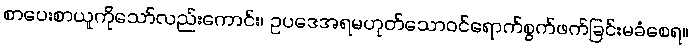
စာပေးစာယူကိုသော်လည်းကောင်း၊ ဥပဒေအရမဟုတ်သောဝင်ရောက်စွက်ဖက်ခြင်းမခံစေရ။